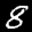
Label: 8